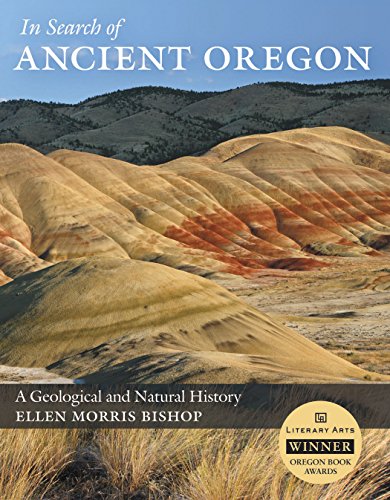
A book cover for In Search of Ancient Oregon: A Geological and Natural History; Ellen Morris Bishop; Science & Math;